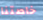
خاصتنا